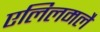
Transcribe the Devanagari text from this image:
एलिलमलै